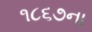
૧૮૬૭ના